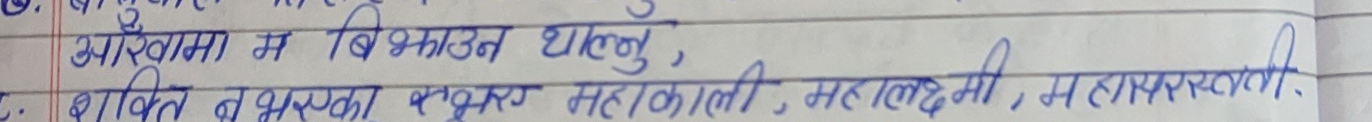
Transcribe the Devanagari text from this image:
आँखामा म बिभ्राउन थाल्नु,
शक्ति व भस्कार स्वरूप महाकाली, महालक्ष्मी, महासरस्वती.